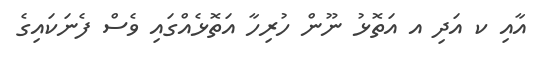
އާއި ކ އަދި އ އަތޮޅު ނޫން ހުރިހާ އަތޮޅެއްގައި ވެސް ފެނަކައިގެ